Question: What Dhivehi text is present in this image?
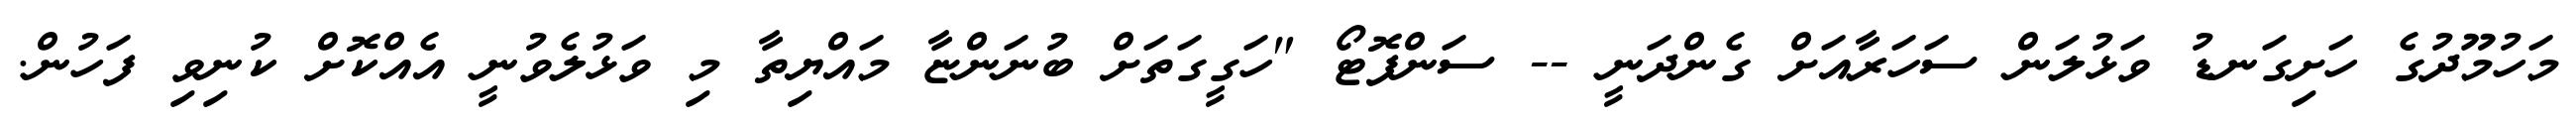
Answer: މަހުމޫދުގެ ހަށިގަނޑު ވަޅުލަން ސަހަރާއަށް ގެންދަނީ -- ސަންފޮޓޯ "ހަގީގަތަށް ބުނަންޏާ މައްޔިތާ މި ވަޅުލެވުނީ އެއްކޮށް ކުނިވި ފަހުން.